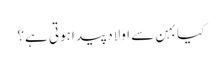
کیا بہن سے اولاد پید اہوتی ہے؟